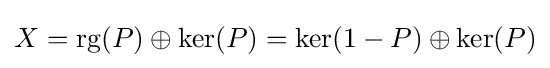
X=\operatorname {rg} (P)\oplus \ker(P)=\ker(1-P)\oplus \ker(P)